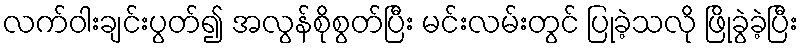
လက်ဝါးချင်းပွတ်၍ အလွန်စိုစွတ်ပြီး မင်းလမ်းတွင် ပြုခဲ့သလို ဖြိုခွဲခဲ့ပြီး